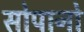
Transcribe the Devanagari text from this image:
सोपानो